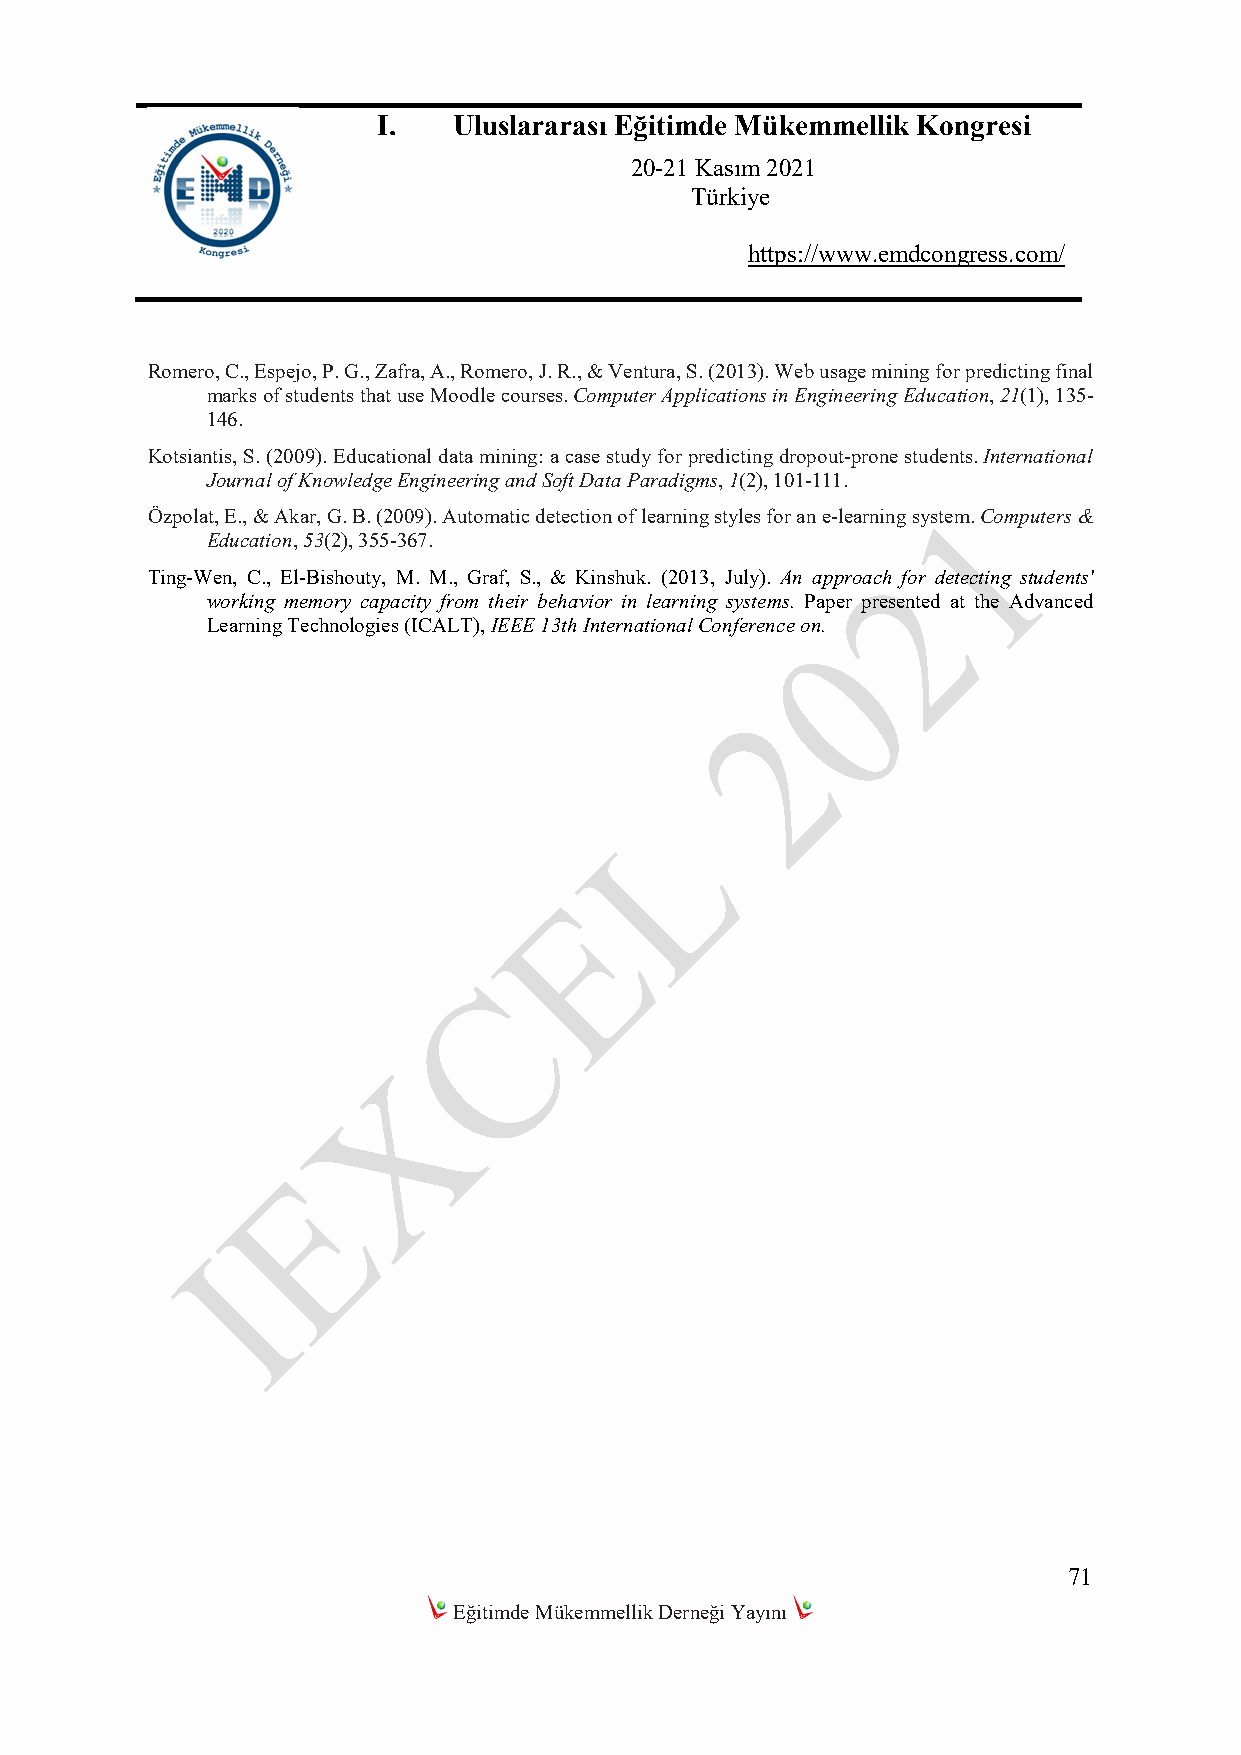
I.   Uluslararası Eğitimde Mükemmellik Kongresi
 20-21 Kasım 2021
 Türkiye
 https://www.emdcongress.com/
 Romero, C., Espejo, P. G., Zafra, A., Romero, J. R., & Ventura, S. (2013). Web usage mining for predicting final
 marks of students that use Moodle courses. Computer Applications in Engineering Education, 21(1), 135-
 146.
 Kotsiantis, S. (2009). Educational data mining: a case study for predicting dropout-prone students. International
 Journal of Knowledge Engineering and Soft Data Paradigms, 1(2), 101-111.
 Özpolat, E., & Akar, G. B. (2009). Automatic detection of learning styles for an e-learning system. Computers &
 Education, 53(2), 355-367.
 Ting-Wen, C., El-Bishouty, M. M., Graf, S., & Kinshuk. (2013, July). An approach for detecting students'
 working memory capacity from their behavior in learning systems. Paper presented at the Advanced
 Learning Technologies (ICALT), IEEE 13th International Conference on.
 71
 Eğitimde Mükemmellik Derneği Yayını